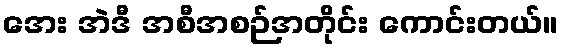
အေး အဲဒီ အစီအစဉ်အတိုင်း ကောင်းတယ်။